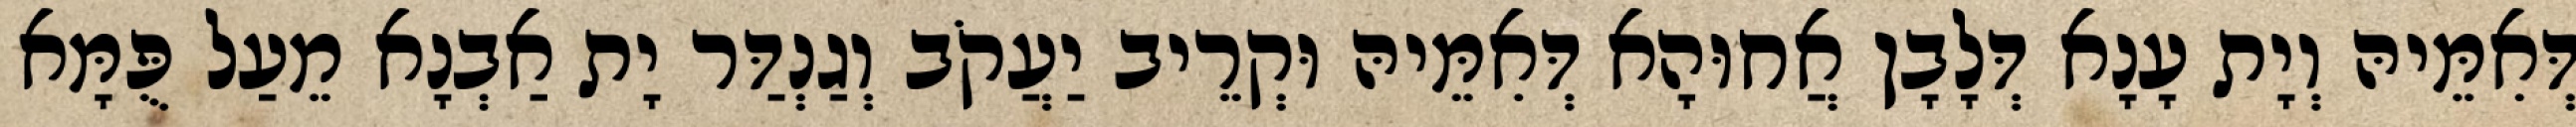
דְּאִמֵּיהּ וְיָת עָנָא דְּלָבָן אֲחוּהָא דְּאִמֵּיהּ וּקְרֵיב יַעֲקֹב וְגַנְדַּר יָת אַבְנָא מֵעַל פֻּמָּא